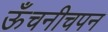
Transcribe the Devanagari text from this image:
ऊँचनीचपन